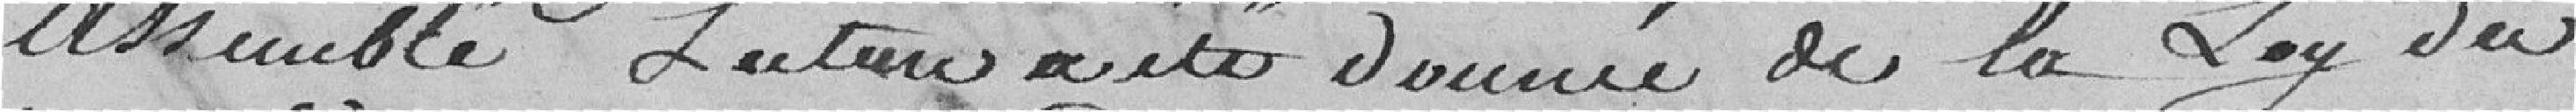
assemblée future a été donné de la loi du